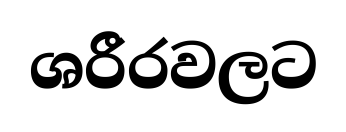
ශරීරවලට